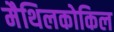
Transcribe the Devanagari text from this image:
मैथिलकोकिल